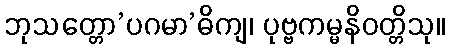
ဘုသတ္တော’ပဂမာ’ဓိကျ၊ ပုဗ္ဗကမ္မနိဝတ္တိသု။